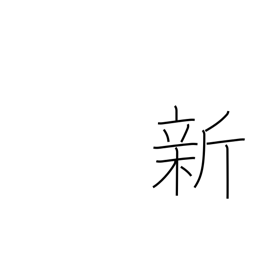
Meaning: new